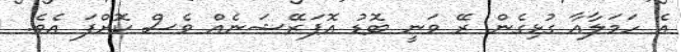
އެ ހަމަލާއާ ގުޅިގެން ރޭ ވަނީ ބޮޑު އޮޕަރޭޝަނެއް ވެސް ކޮށްފަ އެވެ.